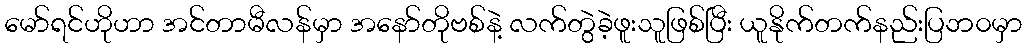
မော်ရင်ဟိုဟာ အင်တာမီလန်မှာ အနော်တိုဗစ်နဲ့ လက်တွဲခဲ့ဖူးသူဖြစ်ပြီး ယူနိုက်တက်နည်းပြဘ၀မှာ